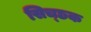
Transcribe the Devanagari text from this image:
सिच्‍छक